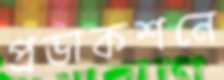
প্রডাকশনে